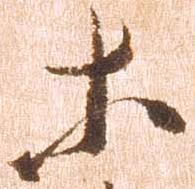
等